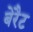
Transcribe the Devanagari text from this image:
बेरैट